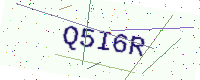
Text: Q5I6R